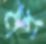
মদ্র